画像に写った文字を読んでください
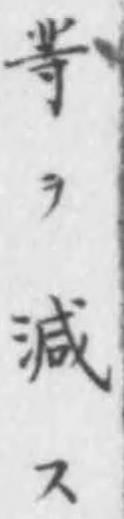
「䓁ヲ減ス」と書いてあります